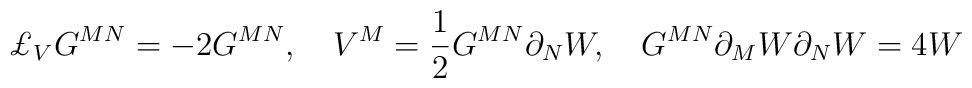
\pounds _{V}G^{MN}=-2G^{MN},\quad V^{M}=\frac{1}{2}G^{MN}\partial_{N}W,\quad G^{MN}\partial _{M}W{ }\partial _{N}W=4W